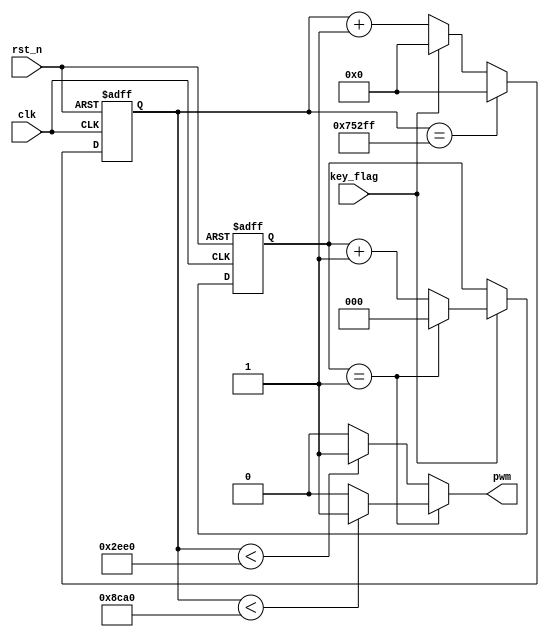
module So90_2( clk,
	rst_n,
	key_flag,
	pwm
    );
	
	
input clk;
input rst_n;
input key_flag;
output  reg pwm;

reg [19:0]cnt;
reg [2:0]state;
always @(posedge clk or negedge rst_n)
    if(!rst_n)
	    cnt <= 0;
	else if(cnt == 479999)
	    cnt <= 0;
	else if(key_flag)
	    cnt <= 0;
	else 
	    cnt <= cnt + 1'b1;
		


always @(posedge clk or negedge rst_n)
    if(!rst_n)
	    state <= 0;
	else if(key_flag)
	    if(state == 1)
	        state <= 0;
	    else 
	        state <= state + 1'b1;
	else 
	    state <= state;

always @(*)
    case(state)
	    0:if(cnt < 12000) pwm <= 1;else pwm <= 0;
		1:if(cnt < 36000) pwm <= 1;else pwm <= 0;
		default:if(cnt < 12000) pwm <= 1;else pwm <= 0;
	endcase
 
endmodule